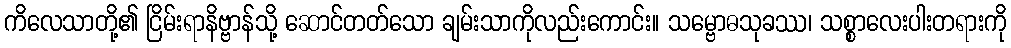
ကိလေသာတို့၏ ငြိမ်းရာနိဗ္ဗာန်သို့ ဆောင်တတ်သော ချမ်းသာကိုလည်းကောင်း။ သမ္ဗောဓသုခဿ၊ သစ္စာလေးပါးတရားကို